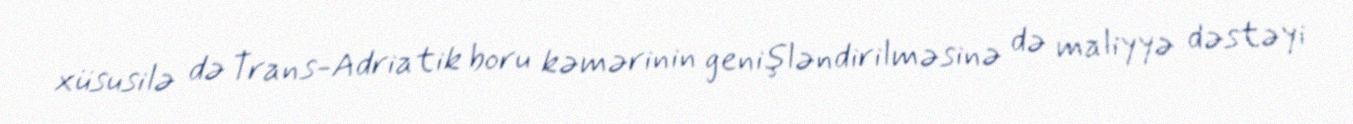
xüsusilə də Trans-Adriatik boru kəmərinin genişləndirilməsinə də maliyyə dəstəyi